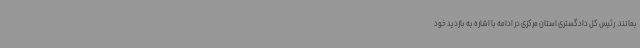
بمانند. رئیس کل دادگستری استان مرکزی در ادامه با اشاره به بازدید خود